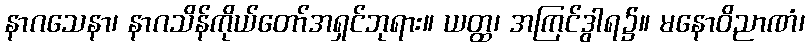
နာဂသေနာ၊ နာဂသိန်ကိုယ်တော်အရှင်ဘုရား။ ယတ္ထ၊ အကြင်ဒွါရ၌။ မနောဝိညာဏံ၊